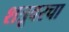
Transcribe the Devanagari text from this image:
शत्रूवरचा